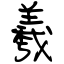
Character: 羲